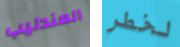
العندليب لخطر